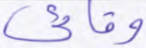
وقائي